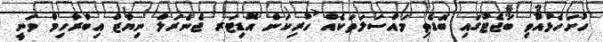
ހުށަހެޅުއްވި ބަޖެޓުގައި ބޮޑެތި މައްސަލަތަކެއް ހުރިކަން އޮޑިޓަރ ޖެނެރަލް ނިޔާޒް އިބްރާހިމް ވަނީ